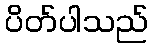
ပိတ်ပါသည်